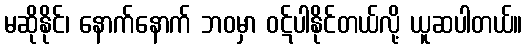
မဆိုနိုင်၊ နောက်နောက် ဘဝမှာ ဝဋ်ပါနိုင်တယ်လို့ ယူဆပါတယ်။